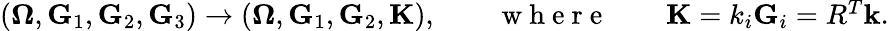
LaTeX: \begin{array}{r}{({\boldsymbol\Omega},{\mathbf G}_{1},{\mathbf G}_{2},{\mathbf G}_{3})\rightarrow({\boldsymbol\Omega},{\mathbf G}_{1},{\mathbf G}_{2},{\mathbf K}),\qquad\mathrm{~w~h~e~r~e~}\qquad{\mathbf K}=k_{i}{\mathbf G}_{i}=R^{T}{\mathbf k}.}\end{array}